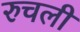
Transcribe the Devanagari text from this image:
रुचली